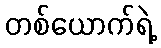
တစ်ယောက်ရဲ့